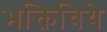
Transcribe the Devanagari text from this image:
भक्तिचिये